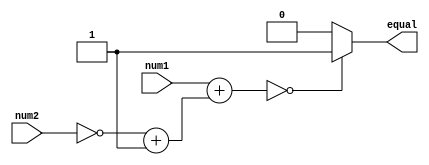
module arithmetic_comparator (
    input [31:0] num1,
    input [31:0] num2,
    output reg equal
);

reg [31:0] result;

always @ (num1, num2) begin
    result = num1 + (~num2 + 1);
    if (result == 0)
        equal = 1;
    else
        equal = 0;
end

endmodule